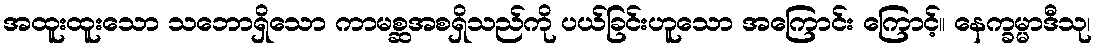
အထူးထူးသော သဘောရှိသော ကာမစ္ဆအစရှိသည်ကို ပယ်ခြင်းဟူသော အကြောင်း ကြောင့်။ နေက္ခမ္မာဒီသု၊